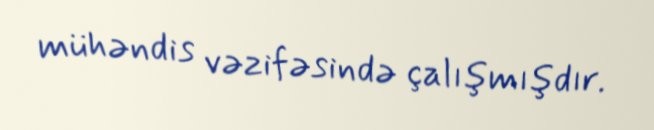
mühəndis vəzifəsində çalışmışdır.